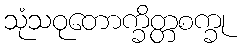
သုံသဝုတောက္ခိတ္တစက္ခု